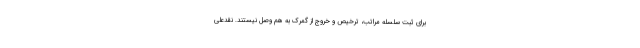
برای ثبت سلسله مراتب، ترخیص و خروج از گمرک به هم وصل نیستند. نقدعلی